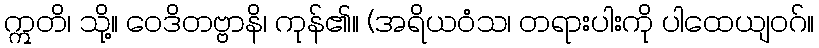
ဣတိ၊ သို့။ ဝေဒိတဗ္ဗာနိ၊ ကုန်၏။ (အရိယဝံသ၊ တရားပါးကို ပါထေယျဝဂ်။